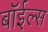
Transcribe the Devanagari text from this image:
बॉईल्स